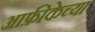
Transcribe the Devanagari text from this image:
आफ्रीकेच्या